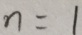
n = 1